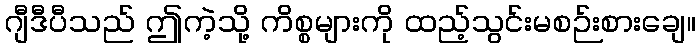
ဂျီဒီပီသည် ဤကဲ့သို့ ကိစ္စများကို ထည့်သွင်းမစဉ်းစားချေ။